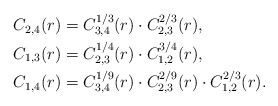
\begin{align*}\begin{aligned}C_{2,4}(r)&=C_{3,4}^{1/3}(r)\cdot C_{2,3}^{2/3}(r),\\C_{1,3}(r)&=C_{2,3}^{1/4}(r)\cdot C_{1,2}^{3/4}(r),\\C_{1,4}(r)&=C_{3,4}^{1/9}(r)\cdot C_{2,3}^{2/9}(r)\cdot C_{1,2}^{2/3}(r).\\\end{aligned}\end{align*}